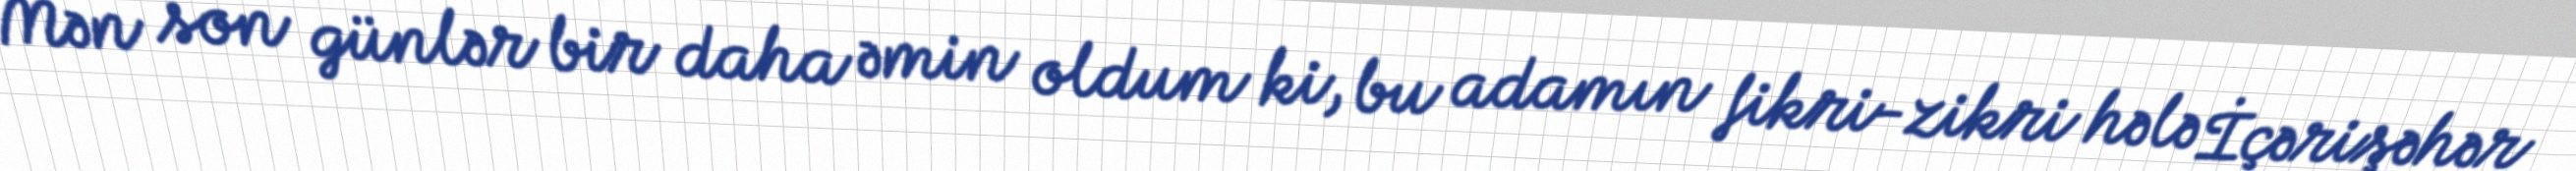
Mən son günlər bir daha əmin oldum ki, bu adamın fikri-zikri hələ İçərişəhər